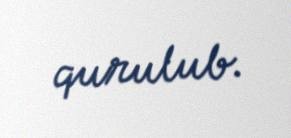
qurulub.